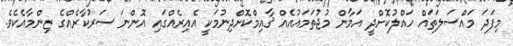
މިފަދަ މައްސަލަތައް ހައްލުކޮށްދީ އަމާން މުޖުތަމައުއެއް ޤާއިމްކޮށްދިނުމަކީ އެއިރެއްގައި އޮންނަ ސަރުކާރެއްގެ ޒިންމާއެކެވެ.